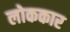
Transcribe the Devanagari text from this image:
लोककार